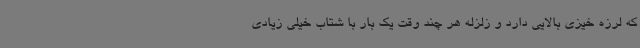
که لرزه خیزی بالایی دارد و زلزله هر چند وقت یک بار با شتاب خیلی زیادی